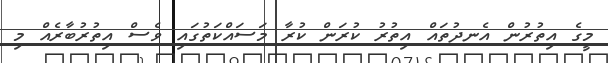
މީގެ އިތުރުން އެނދުތައް އިތުރު ކުރަން ކުރާ މަސައްކަތުގައި ވެސް އިތުރުބާރެއް މި